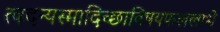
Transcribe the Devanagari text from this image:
त्वदन्यस्मादिच्छाविषयफललाभे